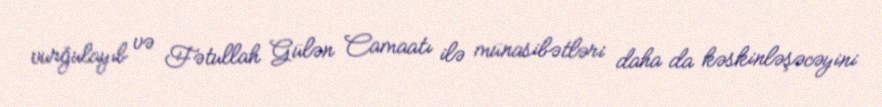
vurğulayıb və Fətullah Gülən Camaatı ilə münasibətləri daha da kəskinləşəcəyini